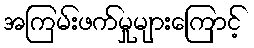
အကြမ်းဖက်မှုများကြောင့်